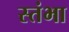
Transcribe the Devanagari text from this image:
स्तंभा